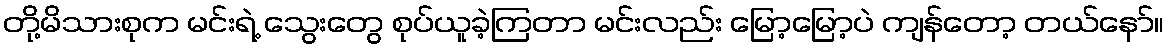
တို့မိသားစုက မင်းရဲ့ သွေးတွေ စုပ်ယူခဲ့ကြတာ မင်းလည်း မြော့မြော့ပဲ ကျန်တော့ တယ်နော်။